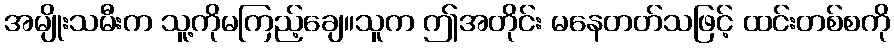
အမျိုးသမီးက သူ့ကိုမကြည့်ချေ။သူက ဤအတိုင်း မနေတတ်သဖြင့် ထင်းတစ်စကို